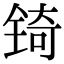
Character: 锜